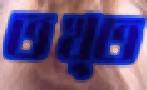
তখ্ত